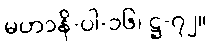
မဟာနိ-ပါ-၁၆၊ ဋ္ဌ-၇၂။